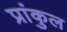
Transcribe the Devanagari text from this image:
प्रांकुल